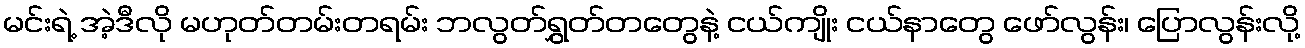
မင်းရဲ့ အဲ့ဒီလို မဟုတ်တမ်းတရမ်း ဘလွတ်ရွှတ်တတွေနဲ့ ငယ်ကျိုး ငယ်နာတွေ ဖော်လွန်း၊ ပြောလွန်းလို့